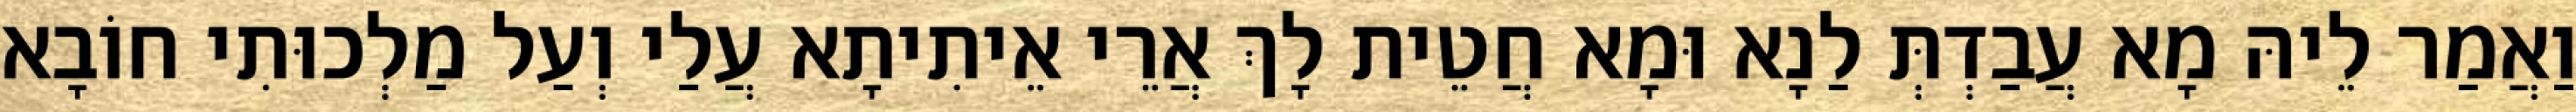
וַאֲמַר לֵיהּ מָא עֲבַדְתְּ לַנָא וּמָא חֲטֵית לָךְ אֲרֵי אֵיתִיתָא עֲלַי וְעַל מַלְכוּתִי חוֹבָא